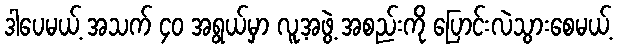
ဒါပေမယ့် အသက် ၄၀ အရွယ်မှာ လူ့အဖွဲ့ အစည်းကို ပြောင်းလဲသွားစေမယ့်